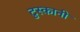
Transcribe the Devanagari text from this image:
टुस्कानी